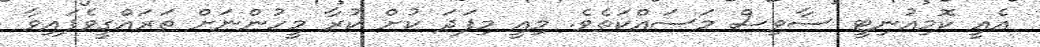
އެއީ ކޮމިއުނިޓީ ސާވިސް މަސައްކަތެވެ. މިއީ މިފަދަ ކުށް ކުރާ މީހުންނަށް ތަރައްގީވެފައިވާ